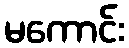
မကောင်း